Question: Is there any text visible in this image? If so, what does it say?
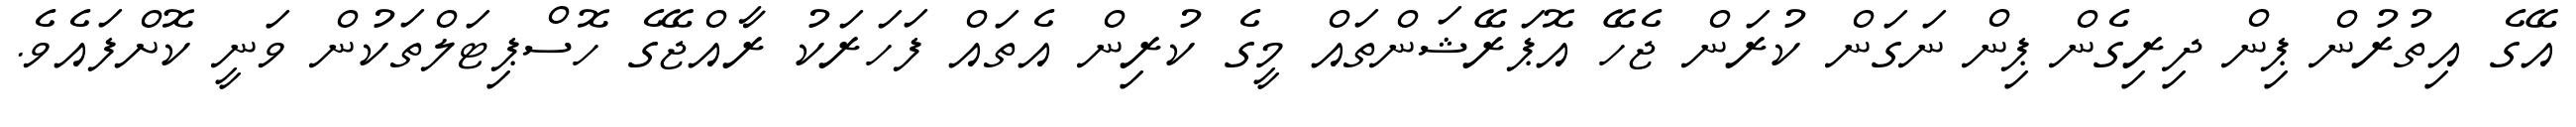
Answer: އޭގެ އިތުރުން ޕިން ދިރިގެން ޕިން ނަގަން ކުރަން ޖެހޭ އޮޕަރޭޝަންތައް މީގެ ކުރިން އެތައް ފަހަރަކު ރާއްޖޭގެ ހޮސްޕިޓަލްތަކުން ވަނީ ކޮށްފައެވެ.